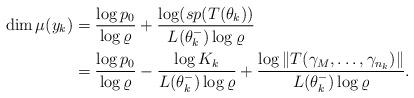
LaTeX: \begin{align*}\dim \mu (y_{k}) &=\frac{\log p_{0}}{\log \varrho }+\frac{\log (sp(T(\theta_{k}))}{L(\theta _{k}^{-})\log \varrho } \\&=\frac{\log p_{0}}{\log \varrho }-\frac{\log K_{k}}{L(\theta _{k}^{-})\log\varrho }+\frac{\log \left\Vert T(\gamma _{M},\dots,\gamma_{n_{k}})\right\Vert }{L(\theta _{k}^{-})\log \varrho }.\end{align*}